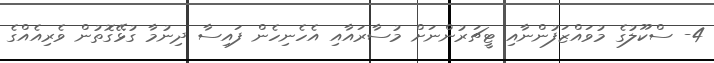
4- ސްކޫލުގެ މުވައްޒަފުންނާއި ޓީޗަރުންނަށް މުސާރައާއި އެހެނިހެން ފައިސާ ދިނުމާ ގުޅޭގޮތުން ވެރިއެއްގެ